system: You are a helpful assistant.
user:
Analyze the provided spectrum to determine if it is a **"Cataclysmic Variables (CV)"**.

- **Key Indicators for CV (Check for either state):**
    - **State 1: Quiescent / Low-State (Emission-Dominated)**
        - **(Primary):** Strong and *very broad* Hydrogen Balmer emission lines (e.g., $H\alpha$ at 6563 Å, $H\beta$ at 4861 Å). The 'broadness' (high velocity dispersion, often FWHM > 1000 km/s) is the key diagnostic, indicating a high-velocity accretion disk.
        - **(Secondary):** Broad neutral Helium (He I) emission lines (e.g., 5876 Å, 6678 Å).
        - **(Key Confirmation):** Presence of high-excitation *ionized* Helium (He II) emission at 4686 Å. This is a strong indicator of accretion onto a white dwarf.
        - **(Line Profile):** Emission lines may exhibit a 'double-peaked' profile, which is a classic signature of a rotating accretion disk viewed at high inclination.

    - **State 2: Outburst / High-State (Absorption-Dominated)**
        - **(Primary):** Spectrum is dominated by a bright, blue continuum (looks like a hot star).
        - **(Secondary):** The emission lines from State 1 are weak, absent, or 'filled in', and are replaced by broad, shallow *absorption* lines (primarily Balmer and He I).
        - **(Morphology):** The overall spectrum mimics a hot B/A-type star. The crucial difference is that the absorption lines are significantly broader, shallower, and more 'washed-out' (or 'smeared') than the sharp lines of a normal stellar photosphere, due to high rotational speeds and pressure broadening in the disk.

Think first, call **spectral_visualization_tool** if needed to examine features in detail, then provide your final answer. Your response must adhere to the following strict rules:
1.  **Overall Structure:** Your response must follow the format `<think>...</think> <tool_call>...</tool_call> (if a tool is used) <answer>...</answer>`.
2.  **Tool Usage Constraint:** You may only make **one** tool call per turn.
3.  **Final Answer Format:** In the `<answer>` tag, your conclusion must be inside a `\boxed{}` command (e.g., `\boxed{YES}`), followed by your justification.

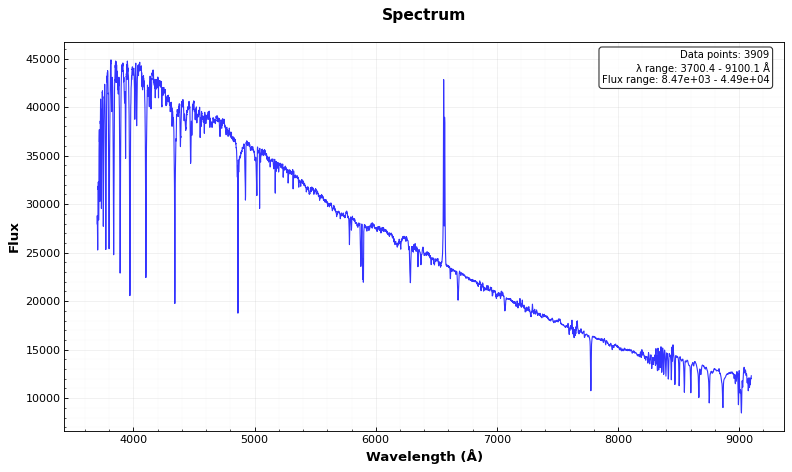
Answer: NO